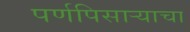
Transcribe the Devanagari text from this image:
पर्णपिसाऱ्याचा